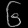
Digit: ၆